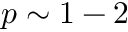
p \sim 1 - 2